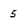
Character: 5